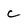
Character: c